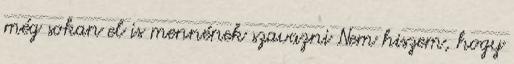
még sokan el is mennének szavazni Nem hiszem, hogy